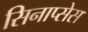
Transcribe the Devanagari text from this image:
सिनाप्सेस